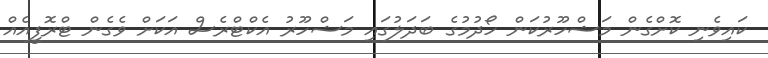
ކައިވެނި ކޮށްގެން މަޝްހޫރުކަން ހޯދުމުގެ ބަދަލުގައި މަޝްހޫރު އެކްޓްރެސް އަކަށް ވެގެން ޓްރޮފީއެއް